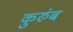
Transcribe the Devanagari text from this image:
कुरुंब